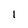
Character: 1